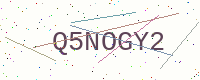
Text: Q5NOGY2